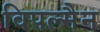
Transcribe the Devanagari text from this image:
विपल्मैन